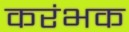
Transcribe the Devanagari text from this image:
करंभक